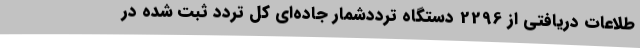
طلاعات دریافتی از 2296 دستگاه ترددشمار جاده‌ای کل تردد ثبت شده در